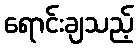
ရောင်းချသည့်